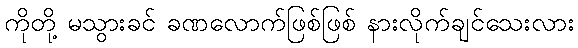
ကိုတို့ မသွားခင် ခဏလောက်ဖြစ်ဖြစ် နားလိုက်ချင်သေးလား